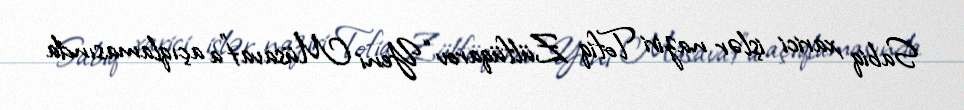
Sabiq xarici işlər naziri Tofiq Zülfüqarov “Yeni Müsavat”a açıqlamasında